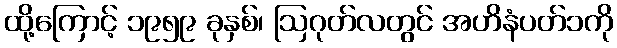
ထို့ကြောင့် ၁၉၅၉ ခုနှစ်၊ ဩဂုတ်လတွင် အဟိနံပတ်၁ကို